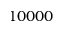
1 0 0 0 0